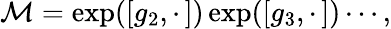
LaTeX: \mathcal{M}=\exp([g_{2},\cdot\, ])\exp([g_{3},\cdot\, ])\cdots,